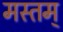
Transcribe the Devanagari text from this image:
मस्तम्